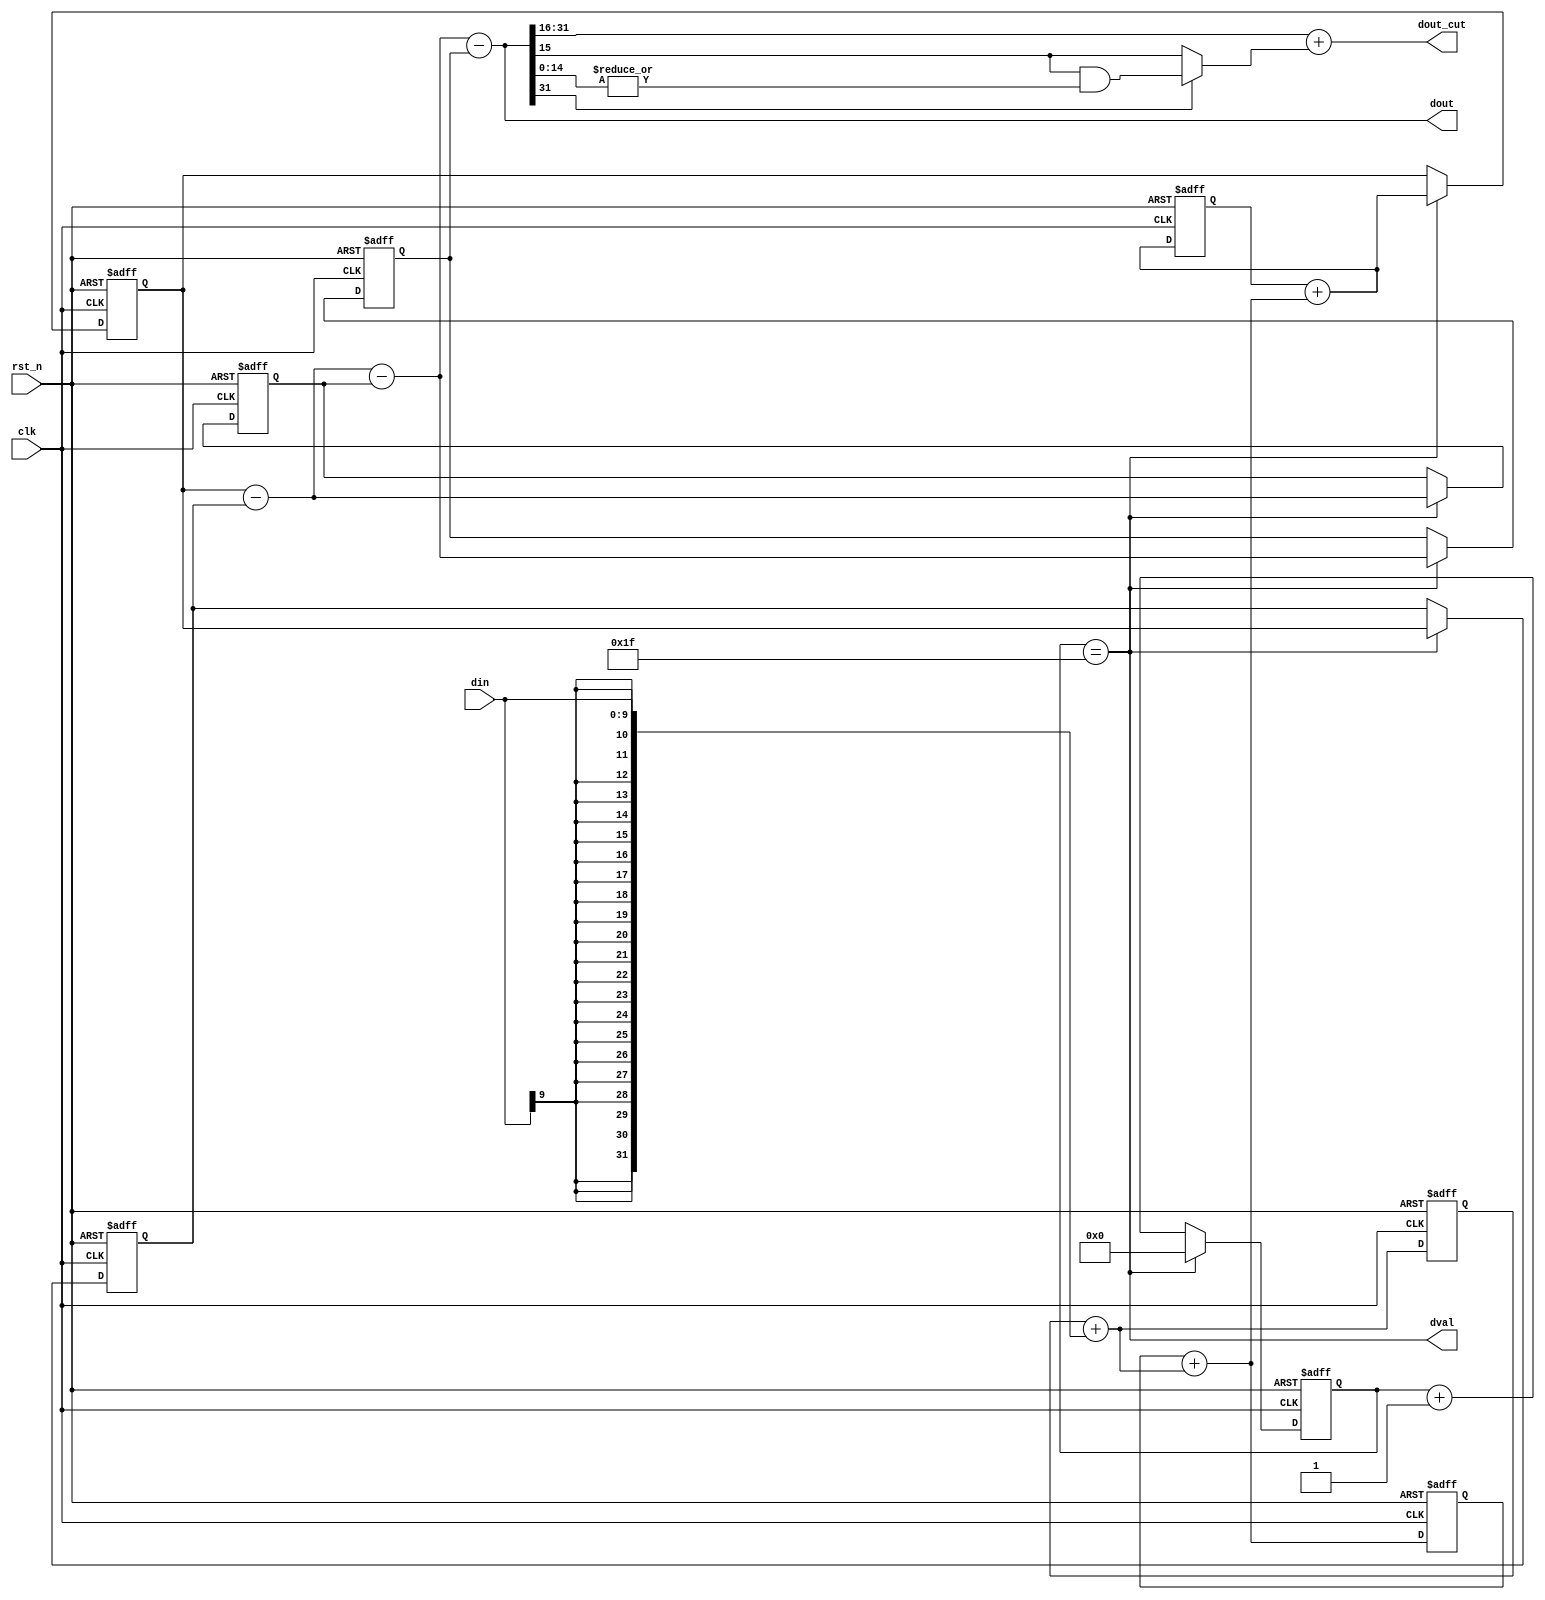
/*****************************************************************************
*   Name        :cic_dec
*   Description :cic decimator,
*					  dout_cutdoutdout
*					  
*   Origin      :200317
*                200322
******************************************************************************/
module cic_dec
#(
    parameter R     = 32,           // Decimation factor
    parameter M     = 1 ,           // Differential delay 1 or 2
    parameter N     = 3 ,           // Number of stages
    parameter BIN   = 10,           // Input data width
    parameter COUT  = 16,           // Output dout_cut width
    parameter CUT_METHOD = "ROUND", // 
    parameter fs    = 20_000_000,   // Sampling rate
    parameter BOUT  = 32            //  BOUT=(BIN + $clog2((R*M)**N)), 
)
(
    input   wire            clk     ,   // fs
    input   wire            rst_n   ,
    input   wire [BIN-1 :0] din     ,
    output  wire [BOUT-1:0] dout    ,   //origin data
    output  wire [COUT-1:0] dout_cut,   //data cut 
    output  wire            dval        //dout valid
);
localparam fInput_nyquist  = fs/2;
localparam fOutput_nyquist = fInput_nyquist/R;
initial begin
    $display("\n------------CIC_DEC------------\nR   : %0d", R);
    $display("M   : %0d", M);
    $display("N   : %0d", N);
    $display("BIN : %0d bits", BIN);
    $display("BOUT: %0d bits", BOUT);
    $display("COUT: %0d bits", COUT);
    $display("cut method         : %s", CUT_METHOD);
    $display("input nyquist freq : %0d Hz", fInput_nyquist);
    $display("output nyquist freq: %0d Hz", fOutput_nyquist);
    $display("cnt0 width         : %0d bits\n", $clog2(R));
end
generate
	 // Caution:
	 //  ROUND  CUT ,ROUND 0
    if(CUT_METHOD=="ROUND")begin
        wire    carry_bit   =  dout[BOUT-1] ? ( dout[BOUT-(COUT-1)-1-1] & ( |dout[BOUT-(COUT-1)-1-1-1:0] ) ) : dout[BOUT-(COUT-1)-1-1] ;
        assign  dout_cut    = {dout[BOUT-1], dout[BOUT-1:BOUT-(COUT-1)-1]} + carry_bit ;
    end else if(CUT_METHOD=="CUT")begin
        assign  dout_cut    = (dout>>(BOUT-COUT));
    end
endgenerate
/*
*   Integrator
*/
generate
genvar i;
for ( i=0 ; i<N ; i=i+1 ) begin :LOOP
    reg  [BOUT-1:0]inte;
    wire [BOUT-1:0]sum;
    if ( i == 0 ) begin
        assign sum = inte + {{(BOUT-BIN){din[BIN-1]}},din};
    end else begin
        assign sum = inte + ( LOOP[i-1].sum );
    end
    always@(posedge clk or negedge rst_n)begin
        if ( !rst_n )
            inte <= {(BOUT){1'd0}};
        else
            inte <= sum;
    end    
end
endgenerate
wire [BOUT-1:0]inte_out;
assign inte_out=LOOP[N-1].sum;
/*
*   Decimation
*/
reg [$clog2(R)-1:0]cnt0;
reg [BOUT-1:0]dec_out;
assign dval = (cnt0==(R-1));
always@(posedge clk or negedge rst_n)begin
    if ( !rst_n ) begin
        cnt0    <=  'd0;
        dec_out <=  'd0;
    end else begin
        cnt0    <=  dval?'d0        :cnt0 + 1'd1;
        dec_out <=  dval?inte_out   :dec_out;
    end
end

/*
*   Comb
*   R
*/
generate
genvar j;
for ( j=0 ; j<N ; j=j+1 ) begin :LOOP2
    reg  [BOUT-1:0]comb;
    wire [BOUT-1:0]sub;

    if ( j == 0 ) begin
        if(M==1)begin
            assign sub = dec_out - comb;
            always@(posedge clk or negedge rst_n)begin
                if ( !rst_n )
                    comb <= {(BOUT){1'd0}};
                else 
                    comb <= (dval) ? dec_out : comb;
            end  
        end else begin
            reg  [BOUT-1:0]comb1;
            assign sub = dec_out - comb1;
            always@(posedge clk or negedge rst_n)begin
                if ( !rst_n )begin
                    comb <= {(BOUT){1'd0}};
                    comb1<= {(BOUT){1'd0}};
                end else if(dval)begin
                    comb <= dec_out ;
                    comb1<= comb    ;
                end
            end  
        end


    end else begin
        if(M==1)begin
            assign sub = LOOP2[j-1].sub - comb;
            always@(posedge clk or negedge rst_n)begin
                if ( !rst_n )
                    comb <= {(BOUT){1'd0}};
                else
                    comb <= (dval) ? LOOP2[j-1].sub : comb;
            end  
        end else begin
            reg  [BOUT-1:0]comb1;
            assign sub = LOOP2[j-1].sub - comb1;
            always@(posedge clk or negedge rst_n)begin
                if ( !rst_n )begin
                    comb <= {(BOUT){1'd0}};
                    comb1<= {(BOUT){1'd0}};
                end else if(dval)begin
                    comb <=  LOOP2[j-1].sub;
                    comb1<=  comb;
                end
            end  

        end
    end
end
endgenerate
assign dout = LOOP2[N-1].sub;

endmodule